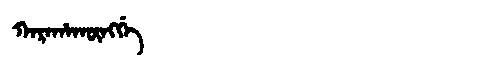
Manchu: ᡴᠠᡵᠠᡥᠠᡴᡡᠩᡤᡝ
Romanization: KARAHAKŪNGGE